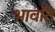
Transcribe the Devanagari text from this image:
भावति